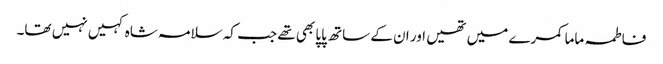
فاطمہ ماما کمرے میں تھیں اور ان کے ساتھ پاپا بھی تھے جب کہ سلامہ شاہ کہیں نہیں تھا۔